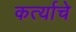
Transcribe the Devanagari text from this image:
कर्त्याचे